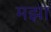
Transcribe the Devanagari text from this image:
मझा